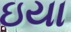
ઇયા